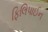
ફિલિપાઈન